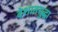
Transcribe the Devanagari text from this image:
देशातसुद्धा